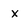
Character: x